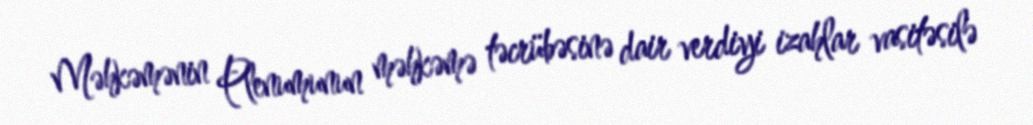
Məhkəmənin Plenumunun məhkəmə təcrübəsinə dair verdiyi izahlar vasitəsilə